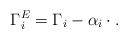
\begin{align*}\Gamma^E_i=\Gamma_i-\alpha_i\cdot.\end{align*}